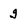
Character: g